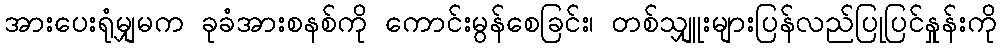
အားပေးရုံမျှမက ခုခံအားစနစ်ကို ကောင်းမွန်စေခြင်း၊ တစ်သျှူးများပြန်လည်ပြုပြင်နှုန်းကို